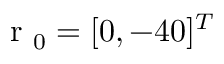
\mathrm { ~ r ~ } _ { 0 } = [ 0 , - 4 0 ] ^ { T }